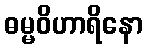
ဓမ္မဝိဟာရိနော